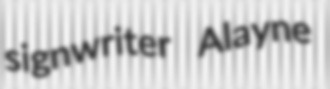
signwriter Alayne